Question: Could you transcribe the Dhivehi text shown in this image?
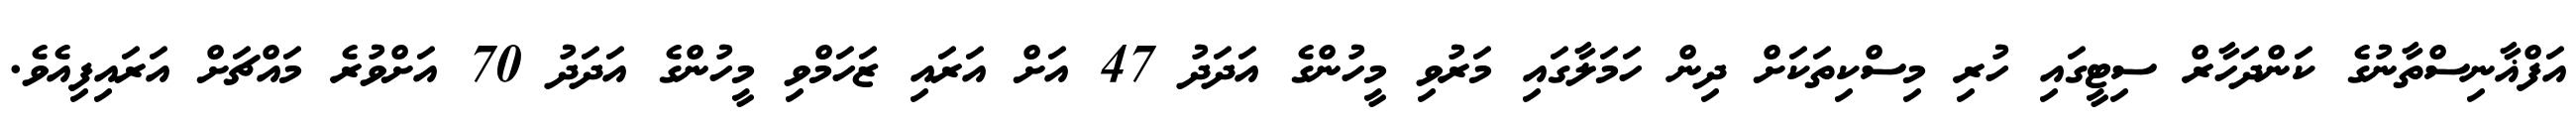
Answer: އަފްޣާނިސްތާނުގެ ކަންދަހާރް ސިޓީގައި ހުރި މިސްކިތަކަށް ދިން ހަމަލާގައި މަރުވި މީހުންގެ އަދަދު 47 އަށް އަރައި ޒަހަމްވި މީހުންގެ އަދަދު 70 އަށްވުރެ މައްޗަށް އަރައިފިއެވެ.